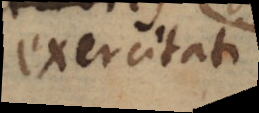
exercitati